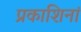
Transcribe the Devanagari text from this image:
प्रकाशिनां